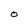
Character: 0